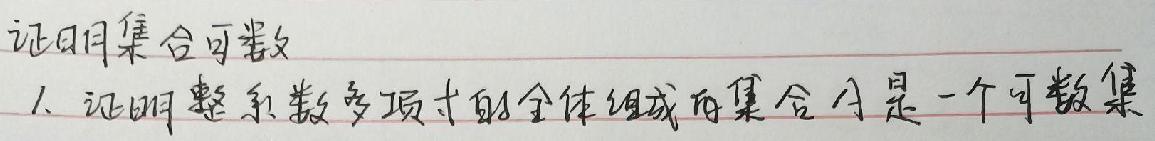
证明集合可数
1. 证明整系数多项式的全体组成的集合  是一个可数集